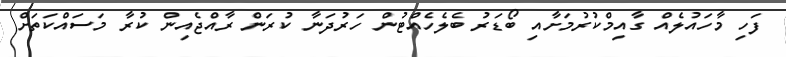
ފަހި މާހައުލެއް ގާއިމްކުރުމަށާއި ބޯޑަރު ބެލެހެއްޓުން ހަރުދަނާ ކުރަން ރާއްޖެއިން ކުރާ މަސައްކަތަށް